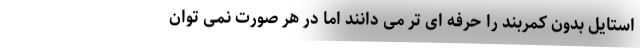
استایل بدون کمربند را حرفه ای تر می دانند اما در هر صورت نمی توان